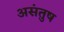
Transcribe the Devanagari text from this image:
असंतुष